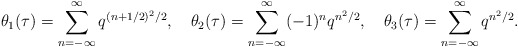
\begin{align*}\theta _1 (\tau ) = \sum _{n=-\infty}^{\infty} q^{(n+1/2)^2/2}, \quad\theta _2 (\tau ) = \sum _{n=-\infty}^{\infty} (-1)^n q^{n^2/2},\quad\theta _3 (\tau ) = \sum _{n=-\infty}^{\infty} q^{n^2/2}.\end{align*}